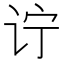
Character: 𲂇